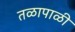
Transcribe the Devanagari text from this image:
तळापाळी